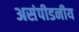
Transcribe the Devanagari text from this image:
असंपीडनीय